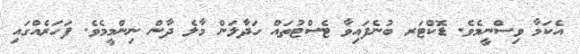
އެކަމާ ވިސްނީމެވެ. ޑޮކްޓަރ ބުނެފައިވާ ޓެސްޓުތައް ހަދާލަން މާލެ ދާން ނިންމީމެވެ. ފަހަރެއްގައި